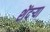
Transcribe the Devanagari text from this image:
शेंदऱ्या